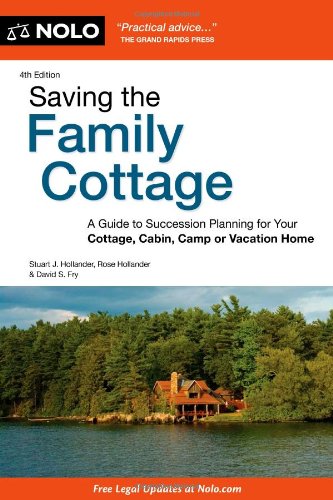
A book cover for Saving the Family Cottage: A Guide to Succession Planning for Your Cottage, Cabin, Camp or Vacation Home; Stuart Hollander; Business & Money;